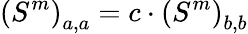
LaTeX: \left(S^{m}\right)_{a,a}=c\cdot\left(S^{m}\right)_{b,b}